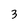
Character: 3